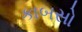
કાબસો